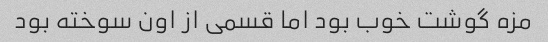
مزه گوشت خوب بود اما قسمی از اون سوخته بود